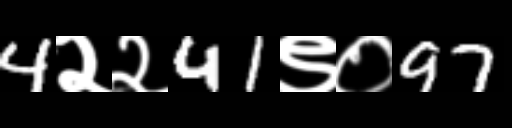
Text: 4२२41९०97